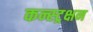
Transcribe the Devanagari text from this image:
कन्स्ट्रक्षन